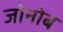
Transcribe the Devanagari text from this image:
जोनोब